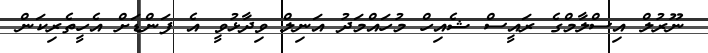
ނޫރުލް އިސްލާމްގެ ރައީސް ޝެއިހް މުހައްމަދު އަނިލް ވިދާޅުވީ އެ ފަންޑަށް އެހީތެރިކަން